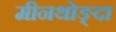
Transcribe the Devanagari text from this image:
मीनथोङ्दा